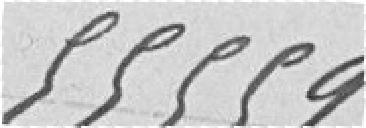
55 559